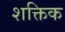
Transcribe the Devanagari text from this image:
शक्तिक